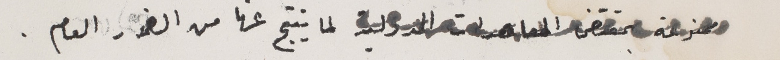
ممنوعة بمقتضى المعاهدات الدولية لما ينتج عنها من الضرر العام.